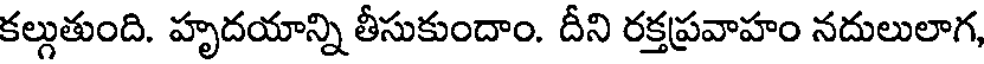
కల్గుతుంది. హృదయాన్ని తీసుకుందాం. దీని రక్తప్రవాహం నదులులాగ,